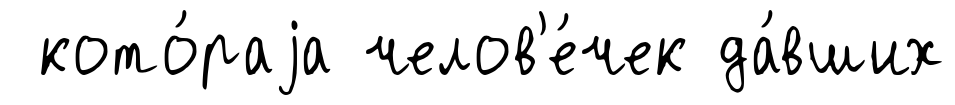
кото́раjа челов'е́чек да́вших